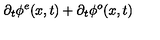
\partial _ { t } \phi ^ { e } ( x , t ) + \partial _ { t } \phi ^ { o } ( x , t )